Document type: Inventory
Year: 1295
Scribe: Pere Marc
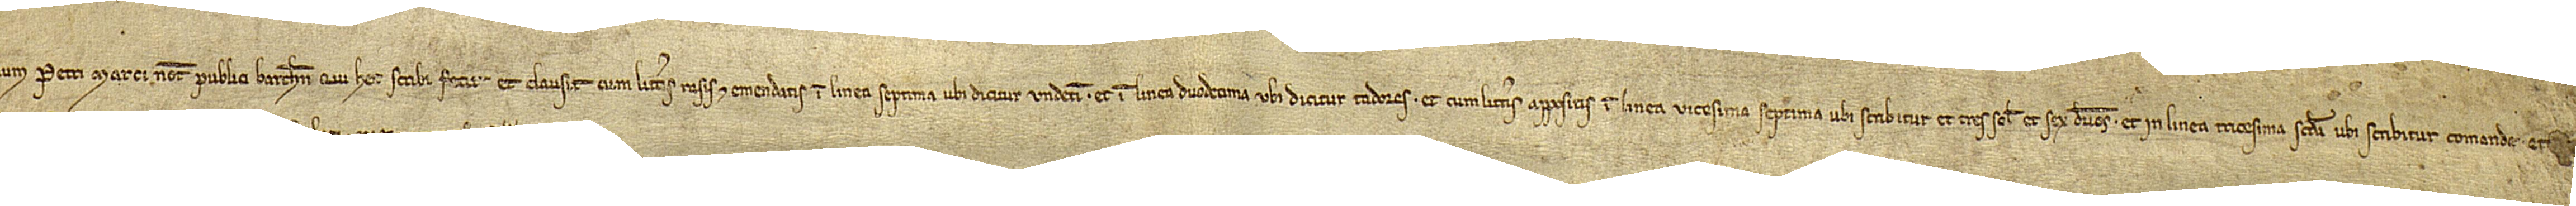
num Petri Marci, notarii publici Barchinone, qui hec scribi fecit et clausit cum litteris rasis et emendatis in linea séptima, ubi dicitur “undecim”, et in linea duodecima, ubi dicitur “tadores”, et cum litteris appositis in linea vicesima septima, ubi scribitur “et tres solidos et sex denarios”, et in linea tricésima secunda, ubi scribitur “comande”, et